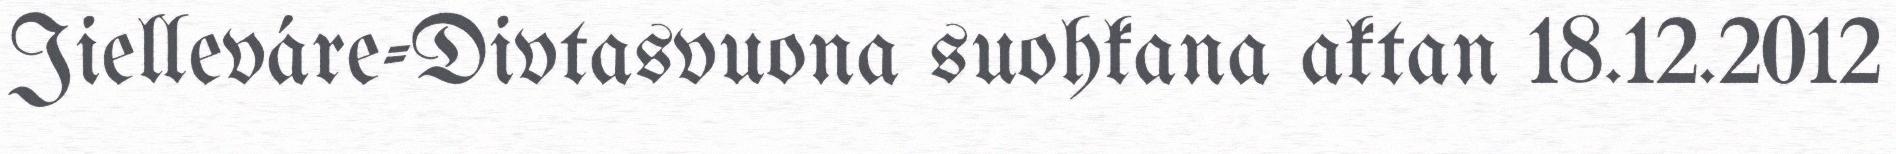
Jielleváre-Divtasvuona suohkana aktan 18.12.2012